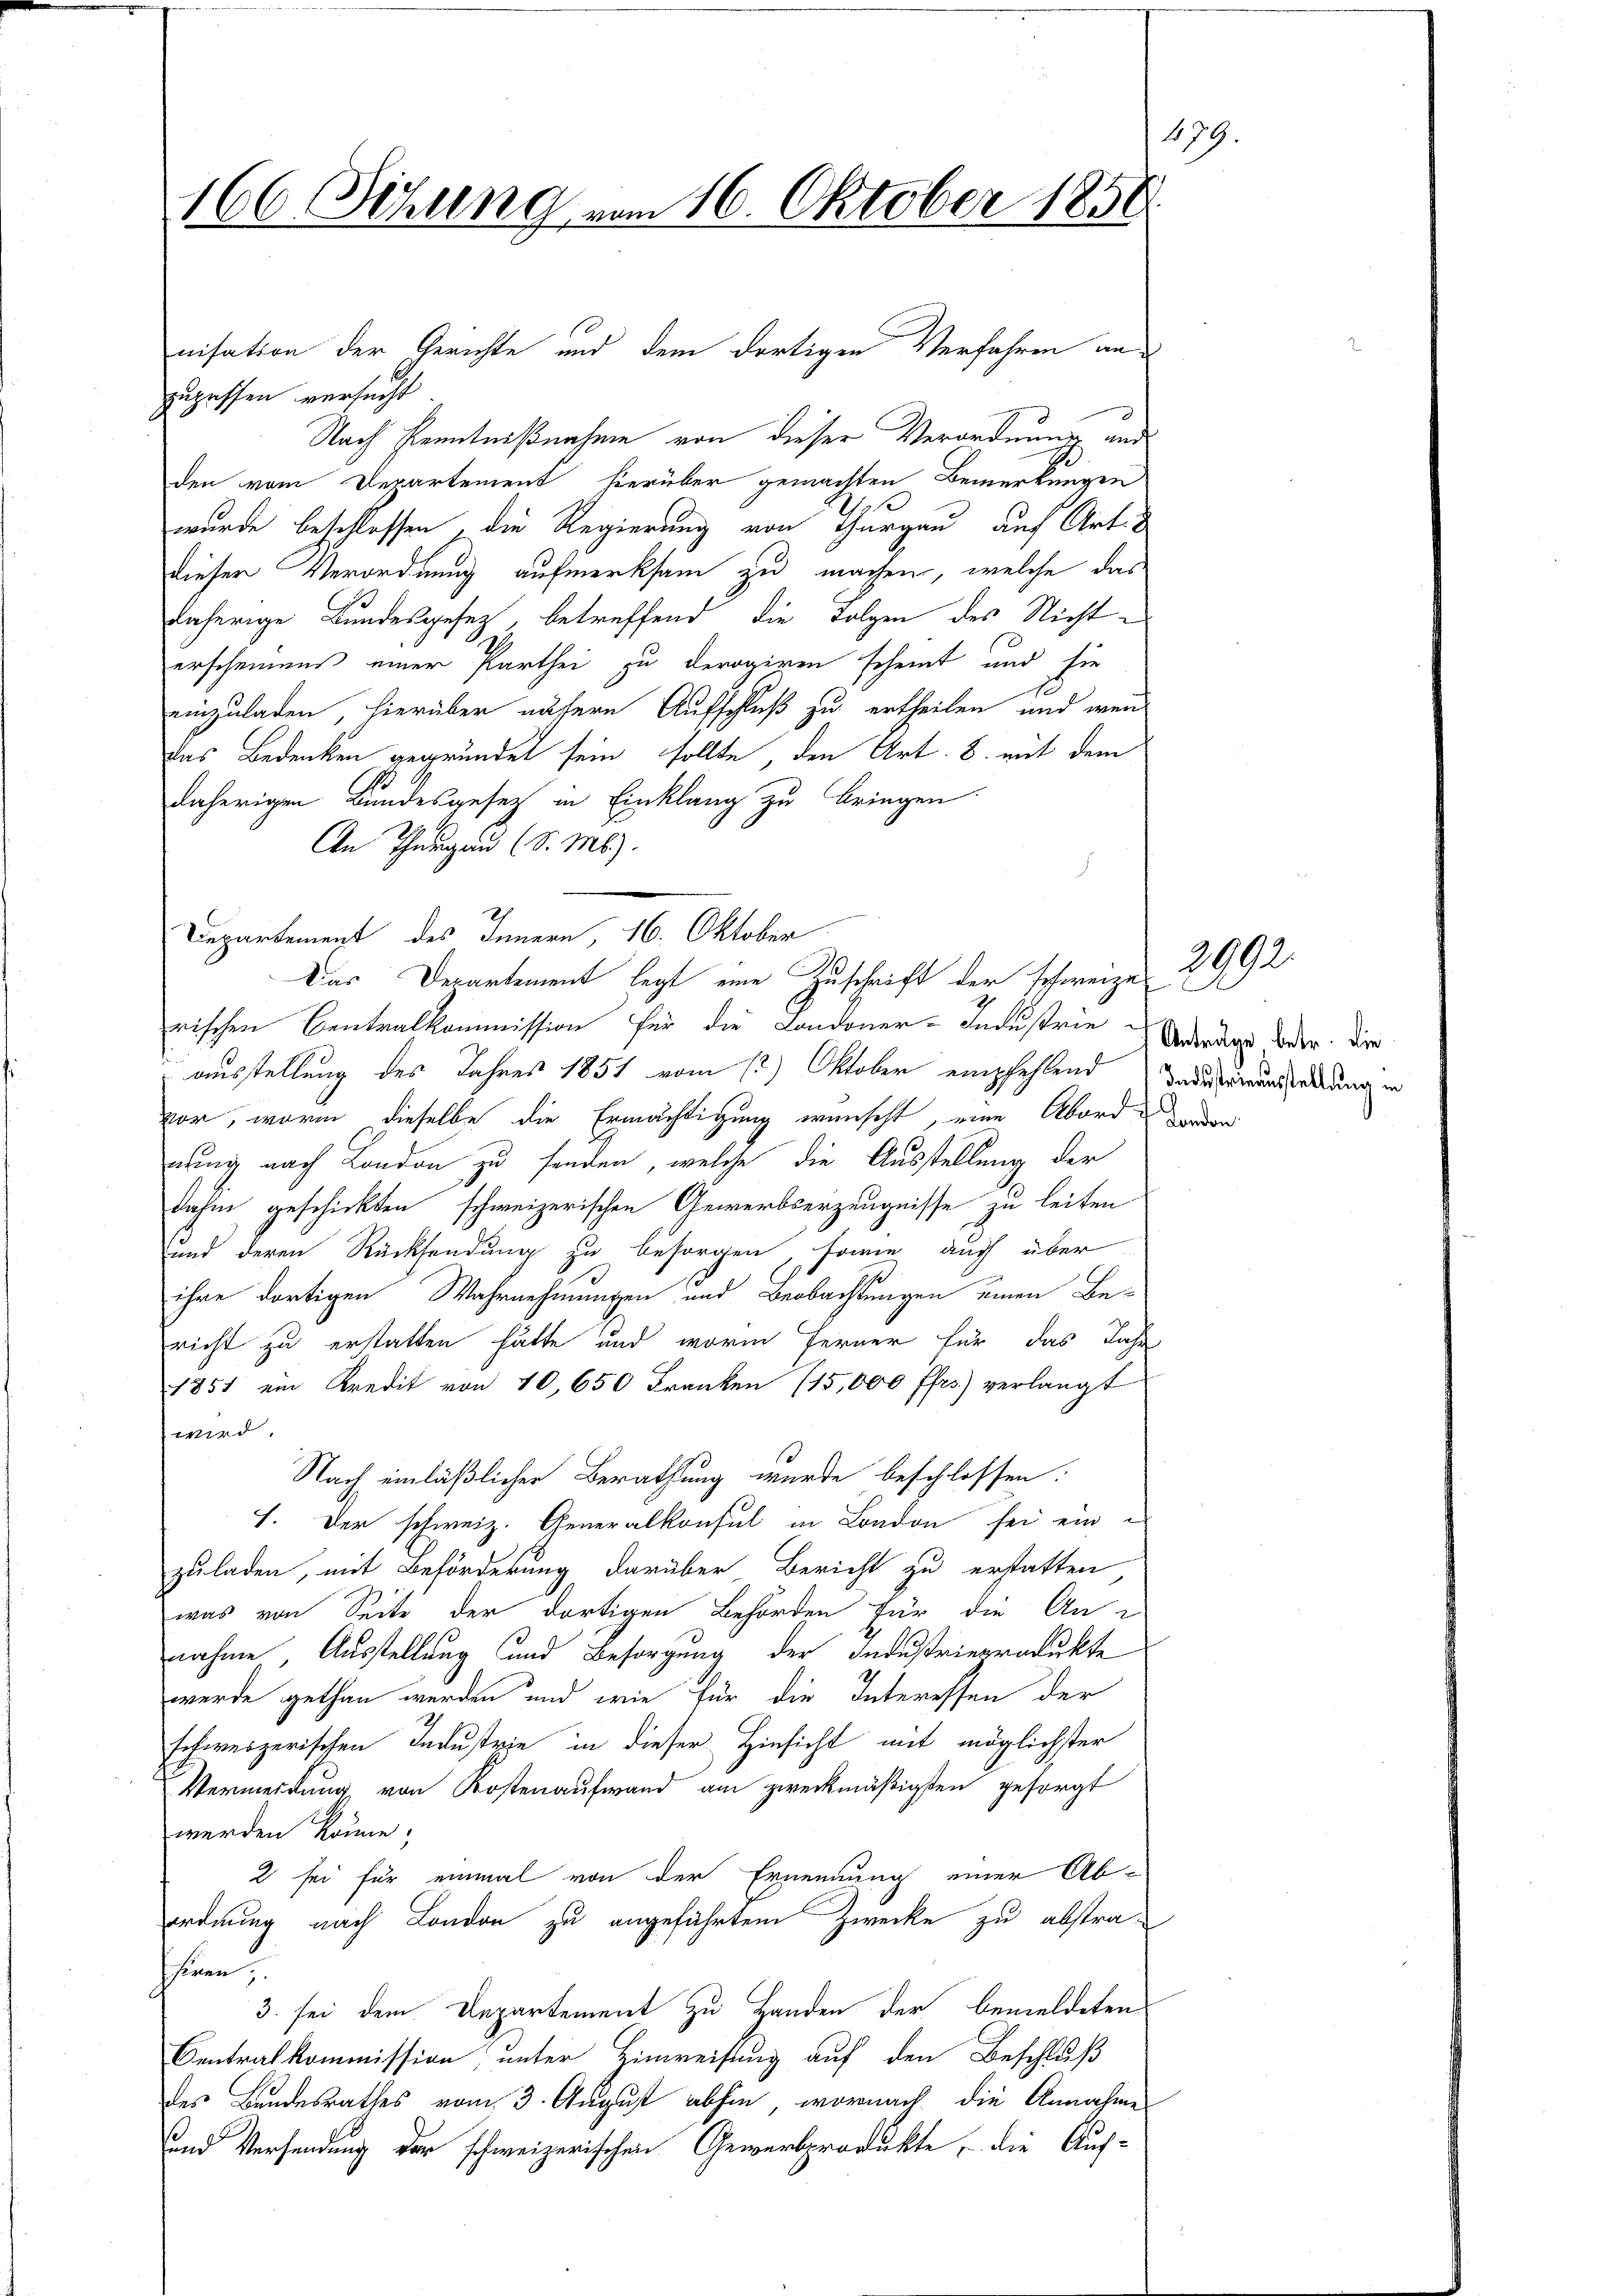
178
166 Setzung vom 16. Oktober 1858

nisation der Gerichte und dem dortigen Verfahren anzugrffen versucht.
Nach Kenntnißnahme von dieser Verordnung und
den vom Departement hierüber gemachten Bemerkungen
wurde beschlossen, die Regierung von Thurgau auf Art.
dieser Verordnung aufmerksam zu machen, welche das
daherige Bundesgesetz, betreffend die Folgen des Nichterscheinens einer Parthei zu derogiren scheint und sie
einzuladen hierüber nähern Aufschluß zu ertheilen und wenn
Das Bedenken gegründet sein sollte, den Art. 8. mit dem
daherigen Bundesgesetz in Einklang zu bringen
An Thurgau (S. Mb).
Departement des Innern, 16. Oktober
rischen Centralkommission für die Londoner-Industriebenderung, oder die
ausstellung des Jahres 1851 vom 12.) Oktober empfehlend dadurinenswaldung in
vor, worin dieselbe die Ermächtigung wünscht, eine Aborde
nung nach London zu finden, welche die Ausstellung der
dahin geschickten schweizerischen Gewerbverzeugnisse zu leiten
und deren Rücksendung zu besorgen, sowie auch über
ihre dortigen Wahrnehmungen und Beobachtungen einen Be-
richt zu erstatten hätte und worin ferner für das Jahr
1851 ein Kredit von 10,650 Franken (15,000 Ifes) verlangt
wird,
Nach einläßlicher Berathung wurde beschlossen:
1. Der schweiz. Generalkonsul in London sei ein
zuladen, mit Beförderung darüber Bericht zu erstatten
was von Seite der dortigen Behörden für die An-
nahme, Ausstellung und Besorgung der Industrieprodukte
werde gethan werden und wie für die Interessen der
schweizerischen Industrie in dieser Hinsicht mit möglichster
Vermeidung von Kostenaufwand am zweckmäßigsten gesorgt
werden könne;
2 sei für einmal von der Ernennung einer Abordnung nach London zu angeführtem Zwecke zu abstra¬
Ihren,
3. sei dem Departement zu Handen der bemeldeten
Centralkommission; unter Einweisung auf den Beschluß
des Bundesrathes vom 3. August abhin, wornach die Annahme
und Versendung der schweizerischen Gewerbprodukte, - die Auf-

Das Derartement legt eine Zuschrift der schweizen 2992.